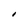
Character: I